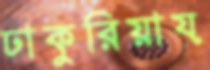
ঢাকুরিয়ায়